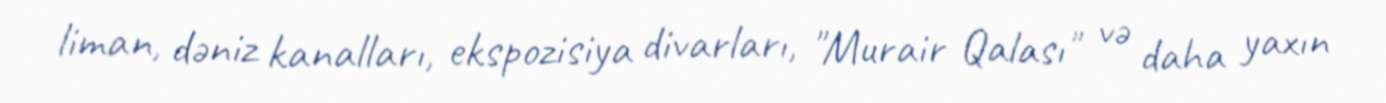
liman, dəniz kanalları, ekspozisiya divarları, "Murair Qalası" və daha yaxın